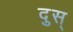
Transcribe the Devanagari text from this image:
दुस्